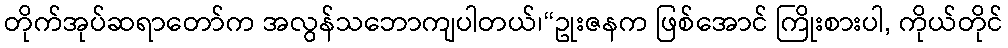
တိုက်အုပ်ဆရာတော်က အလွန်သဘောကျပါတယ်၊“ဥုးဇနက ဖြစ်အောင် ကြိုးစားပါ, ကိုယ်တိုင်